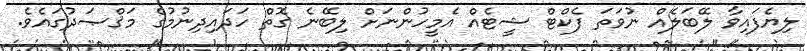
ލިޔެފައިވާ ލޭބަލެއް ނުވަތަ ފެކްޓް ޝީޓެއް އެމީހުންނަށް ލިބޭނެ ގޮތް ހަދައިދިނުމުގެ މަޤްޞަދުގައެވެ.